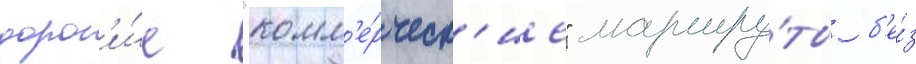
дорог'и́е "комм'е́рческ'ие" маршру́ты б'е́з